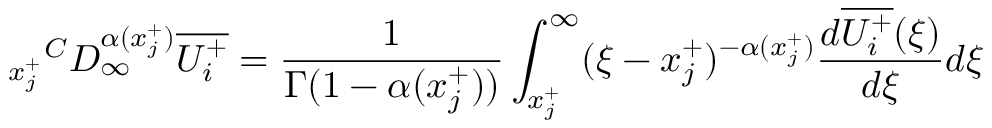
{ _ { x _ { j } ^ { + } } } ^ { C } D _ { \infty } ^ { \alpha ( x _ { j } ^ { + } ) } \overline { { U _ { i } ^ { + } } } = \frac { 1 } { \Gamma ( 1 - \alpha ( x _ { j } ^ { + } ) ) } \int _ { x _ { j } ^ { + } } ^ { \infty } ( \xi - x _ { j } ^ { + } ) ^ { - \alpha ( x _ { j } ^ { + } ) } \frac { d \overline { { U _ { i } ^ { + } } } ( \xi ) } { d \xi } d \xi